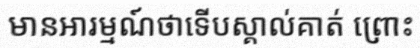
មានអារម្មណ៍ថាទើបស្គាល់គាត់ ព្រោះ